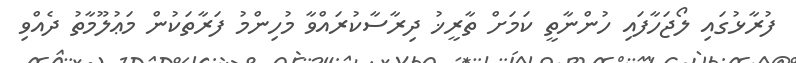
ފުރާޅުގައި ލޯޖަހާފައި ހުންނާތީ ކަމަށް ތާރީޚު ދިރާސާކުރައްވާ މުހިންމު ފަރާތަކުން މަޢުލޫމާތު ދެއްވި